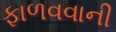
ફાળવવાની